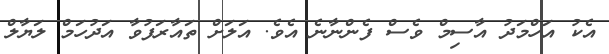
އެކު އަހްމަދު އާސިމް ވެސް ފެންނާނެ އެވެ. އަލަށް ތައާރަފުވާ އަދުހަމް ލަޔާލް